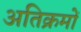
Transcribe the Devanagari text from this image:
अतिक्रमों